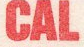
CAL